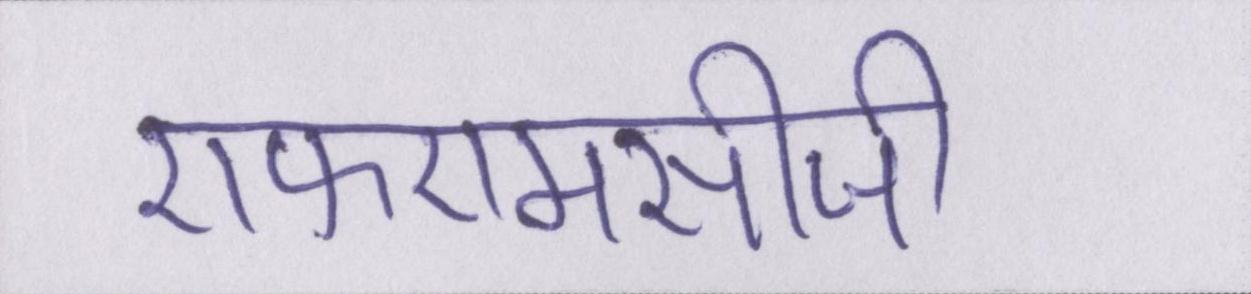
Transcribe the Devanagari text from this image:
एफएमसीजी